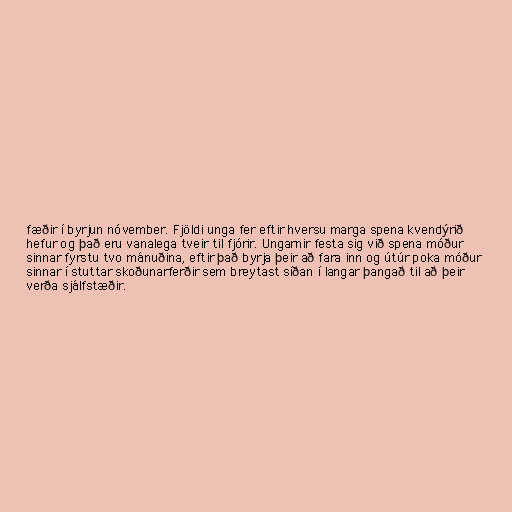
fæðir í byrjun nóvember. Fjöldi unga fer eftir hversu marga spena kvendýrið
hefur og það eru vanalega tveir til fjórir. Ungarnir festa sig við spena móður
sinnar fyrstu tvo mánuðina, eftir það byrja þeir að fara inn og útúr poka móður
sinnar í stuttar skoðunarferðir sem breytast síðan í langar þangað til að þeir
verða sjálfstæðir.